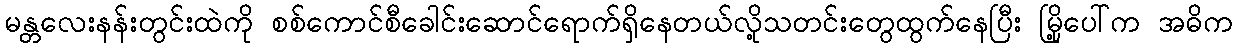
မန္တလေးနန်းတွင်းထဲကို စစ်ကောင်စီခေါင်းဆောင်ရောက်ရှိနေတယ်လို့သတင်းတွေထွက်နေပြီး မြို့ပေါ်က အဓိက